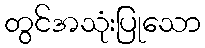
တွင်အသုံးပြုသော